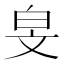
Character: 𬐅